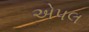
એપલ